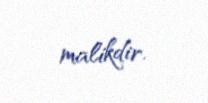
malikdir.